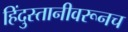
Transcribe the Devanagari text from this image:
हिंदुस्तानीवरूनच